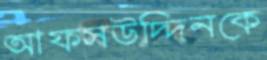
আফসউদ্দিনকে